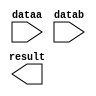
// megafunction wizard: %LPM_MULT%VBB%
// GENERATION: STANDARD
// VERSION: WM1.0
// MODULE: lpm_mult 

// ============================================================
// Megafunction Name(s):
// 			lpm_mult
//
// Simulation Library Files(s):
// 			lpm
// ============================================================
// ************************************************************
// THIS IS A WIZARD-GENERATED FILE. DO NOT EDIT THIS FILE!
//
// 13.1.0 Build 162 10/23/2013 SJ Web Edition
// ************************************************************

//Copyright (C) 1991-2013 Altera Corporation
//Your use of Altera Corporation's design tools, logic functions 
//and other software and tools, and its AMPP partner logic 
//functions, and any output files from any of the foregoing 
//(including device programming or simulation files), and any 
//associated documentation or information are expressly subject 
//to the terms and conditions of the Altera Program License 
//Subscription Agreement, Altera MegaCore Function License 
//Agreement, or other applicable license agreement, including, 
//without limitation, that your use is for the sole purpose of 
//programming logic devices manufactured by Altera and sold by 
//Altera or its authorized distributors.  Please refer to the 
//applicable agreement for further details.

module LPM_MULT32 (
	dataa,
	datab,
	result);

	input	[31:0]  dataa;
	input	[31:0]  datab;
	output	[63:0]  result;

endmodule

// ============================================================
// CNX file retrieval info
// ============================================================
// Retrieval info: PRIVATE: AutoSizeResult NUMERIC "1"
// Retrieval info: PRIVATE: B_isConstant NUMERIC "0"
// Retrieval info: PRIVATE: ConstantB NUMERIC "0"
// Retrieval info: PRIVATE: INTENDED_DEVICE_FAMILY STRING "Cyclone III"
// Retrieval info: PRIVATE: LPM_PIPELINE NUMERIC "0"
// Retrieval info: PRIVATE: Latency NUMERIC "0"
// Retrieval info: PRIVATE: SYNTH_WRAPPER_GEN_POSTFIX STRING "1"
// Retrieval info: PRIVATE: SignedMult NUMERIC "0"
// Retrieval info: PRIVATE: USE_MULT NUMERIC "1"
// Retrieval info: PRIVATE: ValidConstant NUMERIC "0"
// Retrieval info: PRIVATE: WidthA NUMERIC "32"
// Retrieval info: PRIVATE: WidthB NUMERIC "32"
// Retrieval info: PRIVATE: WidthP NUMERIC "64"
// Retrieval info: PRIVATE: aclr NUMERIC "0"
// Retrieval info: PRIVATE: clken NUMERIC "0"
// Retrieval info: PRIVATE: new_diagram STRING "1"
// Retrieval info: PRIVATE: optimize NUMERIC "1"
// Retrieval info: LIBRARY: lpm lpm.lpm_components.all
// Retrieval info: CONSTANT: LPM_HINT STRING "DEDICATED_MULTIPLIER_CIRCUITRY=YES,MAXIMIZE_SPEED=9"
// Retrieval info: CONSTANT: LPM_REPRESENTATION STRING "UNSIGNED"
// Retrieval info: CONSTANT: LPM_TYPE STRING "LPM_MULT"
// Retrieval info: CONSTANT: LPM_WIDTHA NUMERIC "32"
// Retrieval info: CONSTANT: LPM_WIDTHB NUMERIC "32"
// Retrieval info: CONSTANT: LPM_WIDTHP NUMERIC "64"
// Retrieval info: USED_PORT: dataa 0 0 32 0 INPUT NODEFVAL "dataa[31..0]"
// Retrieval info: USED_PORT: datab 0 0 32 0 INPUT NODEFVAL "datab[31..0]"
// Retrieval info: USED_PORT: result 0 0 64 0 OUTPUT NODEFVAL "result[63..0]"
// Retrieval info: CONNECT: @dataa 0 0 32 0 dataa 0 0 32 0
// Retrieval info: CONNECT: @datab 0 0 32 0 datab 0 0 32 0
// Retrieval info: CONNECT: result 0 0 64 0 @result 0 0 64 0
// Retrieval info: GEN_FILE: TYPE_NORMAL LPM_MULT32.v TRUE
// Retrieval info: GEN_FILE: TYPE_NORMAL LPM_MULT32.inc FALSE
// Retrieval info: GEN_FILE: TYPE_NORMAL LPM_MULT32.cmp FALSE
// Retrieval info: GEN_FILE: TYPE_NORMAL LPM_MULT32.bsf TRUE
// Retrieval info: GEN_FILE: TYPE_NORMAL LPM_MULT32_inst.v TRUE
// Retrieval info: GEN_FILE: TYPE_NORMAL LPM_MULT32_bb.v TRUE
// Retrieval info: GEN_FILE: TYPE_NORMAL LPM_MULT32_syn.v TRUE
// Retrieval info: LIB_FILE: lpm